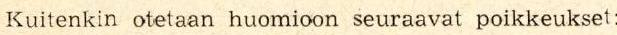
Kuitenkin otetaan huomioon seuraavat poikkeukset: